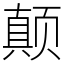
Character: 颠